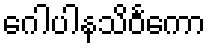
ဂေါပါနသိဝင်္ကော